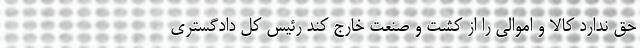
حق ندارد کالا و اموالی را از کشت و صنعت خارج کند رئیس کل دادگستری